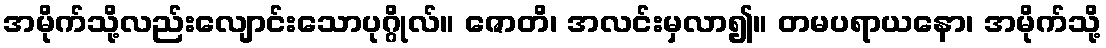
အမိုက်သို့လည်းလျောင်းသောပုဂ္ဂိုလ်။ ဇောတိ၊ အလင်းမှလာ၍။ တမပရာယနော၊ အမိုက်သို့